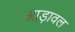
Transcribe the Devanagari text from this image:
आड़ावल